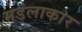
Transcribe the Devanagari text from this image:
मडंलाकार